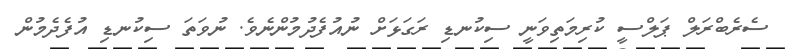
ސެރެބްރަލް ޕަލްސީ ކުރިމަތިވަނީ ސިކުނޑި ރަގަޅަށް ނުއުފެދުމުންނެވެ. ނުވަތަ ސިކުނޑި އުފެދެމުން